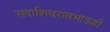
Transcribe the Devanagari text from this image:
सदाशिवरावभाऊही